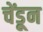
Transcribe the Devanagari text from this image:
चेंडून